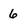
Character: 6